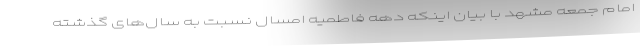
امام جمعه مشهد با بیان اینکه دهه فاطمیه امسال نسبت به سال‌های گذشته